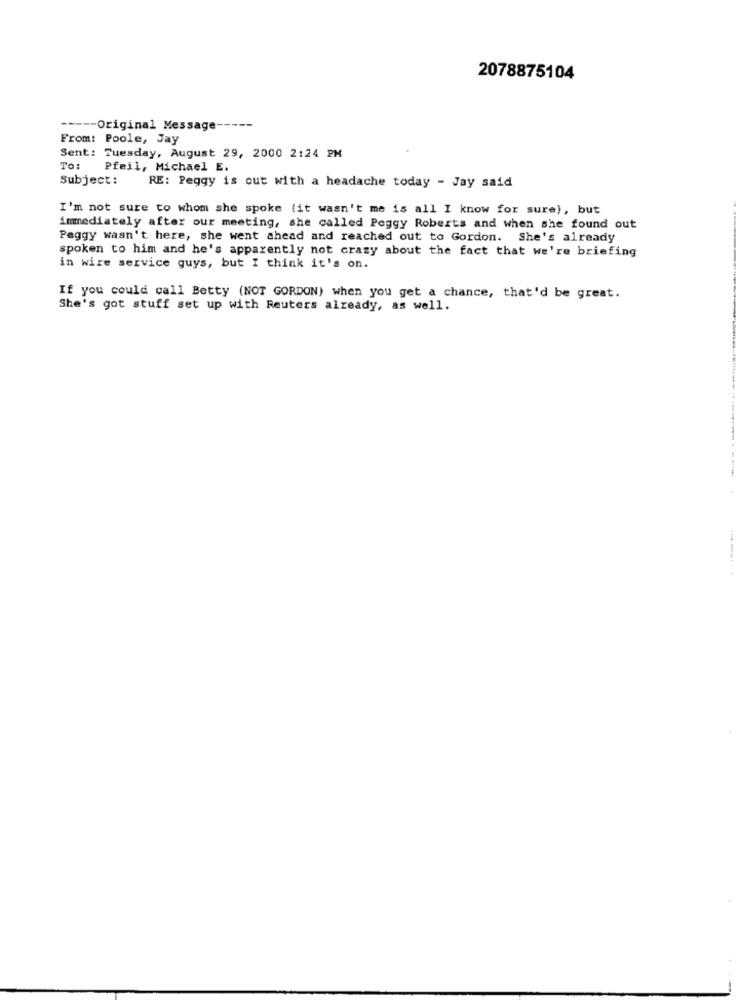
2078875104
----- Original Message-
From: Poole, Jay
Sent: Tuesday, August 29, 2000 2:24 PM
To:
Pfeil, Michael E.
Subject:
RE: Peggy is out with a headache today - Jay said
I'm not sure to whom she spoke (it wasn't me is all I know for sure), but
immediately after our meeting, she called Peggy Roberts and when she found out
Peggy wasn't here, she went ahead and reached out to Gordon. She's already
spoken to him and he's apparently not crazy about the fact that we're briefing
in wire service guys, but I think it's on.
If you could call Betty (NOT GORDON) when you get a chance, that'd be great.
She's got stuff set up with Reuters already, as well.